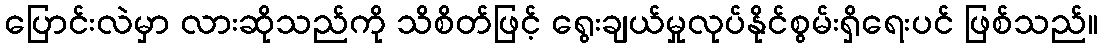
ပြောင်းလဲမှာ လားဆိုသည်ကို သိစိတ်ဖြင့် ရွေးချယ်မှုလုပ်နိုင်စွမ်းရှိရေးပင် ဖြစ်သည်။